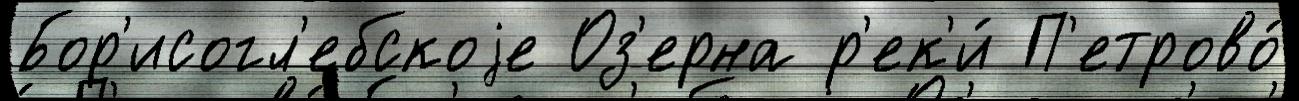
Бор'исогл'ебскоjе Оз'ерна р'ек'и́ П'етрово́